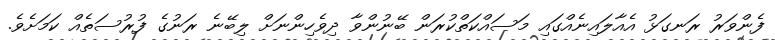
ފެންވަރު ރަނގަޅު އެއާލައިނެއްގައި މަސައްކަތްކުރަން ބޭނުންވާ ދިވެހިންނަށް ލިބޭނެ ރަނުގެ ފުރުސަތެއް ކަމަށެވެ.